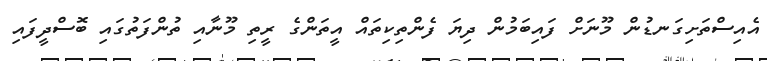
އެއިސްތަށިގަނޑުން މޫނަށް ފައިބަމުން ދިޔަ ފެންތިކިތައް އީތަންގެ ރީތި މޫނާއި ތުންފަތުގައި ބޮސްދީފައި